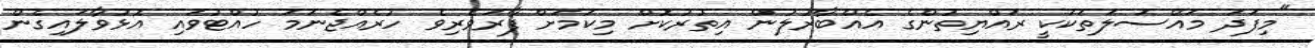
"މިފަދަ މައްސަލަތަކަކީ ރައްޔިތުންގެ އެއްބާރުލުން އިތުރުކޮށް މިކަމަށް ފާރަވެރިވެ ހުރެއްޖެނަމަ ހުއްޓުވައި އޮޅުވާލައިގެން